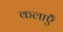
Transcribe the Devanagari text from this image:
कलाऍँ